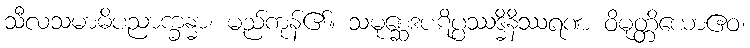
သီလသမာဓိပညာက္ခန္ဓာ၊ မည်ကုန်၏။ သမုစ္ဆေဒပဋိပ္ပဿဒ္ဓိနိဿရဏ ဝိမုတ္တိယောဧဝ၊